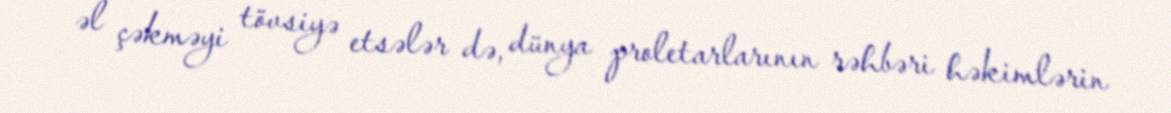
əl çəkməyi tövsiyə etsələr də, dünya proletarlarının rəhbəri həkimlərin